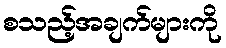
စသည့်အချက်များကို